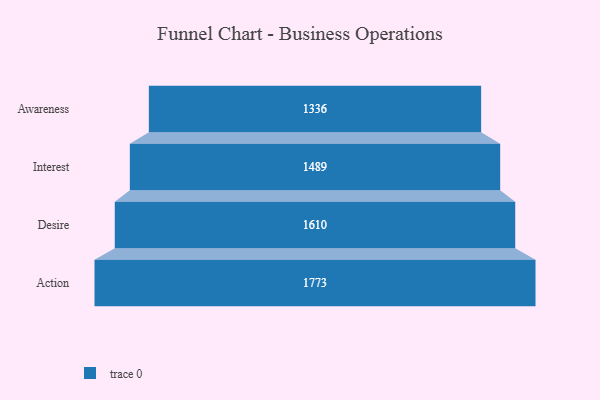
{"axis": {"x": "Stage", "y": "Value"}, "legend": [""], "data": [{"x": "Awareness", "y": 1336.0, "type": ""}, {"x": "Interest", "y": 1489.0, "type": ""}, {"x": "Desire", "y": 1610.0, "type": ""}, {"x": "Action", "y": 1773.0, "type": ""}]}